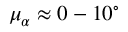
\mu _ { \alpha } \approx 0 - 1 0 ^ { \circ }